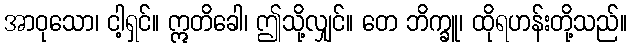
အာဝုသော၊ ငါ့ရှင်။ ဣတိခေါ၊ ဤသို့လျှင်။ တေ ဘိက္ခူ၊ ထိုရဟန်းတို့သည်။